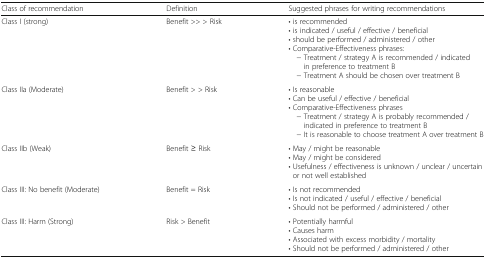
<table><thead><tr><td><b>Class of recommendation</b></td><td><b>Definition</b></td><td><b>Suggested phrases for writing recommendations</b></td></tr></thead><tbody><tr><td>Class I (strong)</td><td>Benefit &gt;&gt; &gt; Risk</td><td>• is recommended• is indicated / useful / effective / beneficial• should be performed / administered / other• Comparative-Effectiveness phrases: − Treatment / strategy A is recommended / indicated in preference to treatment B − Treatment A should be chosen over treatment B</td></tr><tr><td>Class IIa (Moderate)</td><td>Benefit &gt; &gt; Risk</td><td>• Is reasonable• Can be useful / effective / beneficial• Comparative-Effectiveness phrases − Treatment / strategy A is probably recommended / indicated in preference to treatment B − It is reasonable to choose treatment A over treatment B</td></tr><tr><td>Class IIb (Weak)</td><td>Benefit ≥ Risk</td><td>• May / might be reasonable• May / might be considered• Usefulness / effectiveness is unknown / unclear / uncertain or not well established</td></tr><tr><td>Class III: No benefit (Moderate)</td><td>Benefit = Risk</td><td>• Is not recommended• Is not indicated / useful / effective / beneficial• Should not be performed / administered / other</td></tr><tr><td>Class III: Harm (Strong)</td><td>Risk &gt; Benefit</td><td>• Potentially harmful• Causes harm• Associated with excess morbidity / mortality• Should not be performed / administered / other</td></tr></tbody></table>